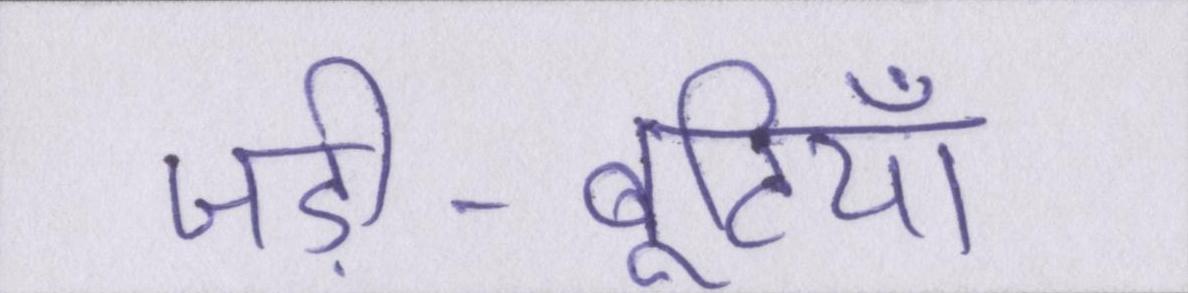
जड़ी-बूटियाँ